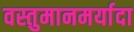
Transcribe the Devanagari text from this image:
वस्तुमानमर्यादा